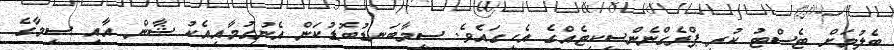
ބެލުމަށް ޓެސްޓު ކުރީ ޕްރެގްނެންސީކިޓެއްގެ އެހީގައެވެ. ސީމާބަނޑުބޮޑުކަން އެނުގުމާއިއެކު ޝާން އާއި ސީމާގެ